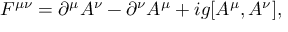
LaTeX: F ^ { \mu \nu } = \partial ^ { \mu } A ^ { \nu } - \partial ^ { \nu } A ^ { \mu } + i g [ A ^ { \mu } , A ^ { \nu } ] ,